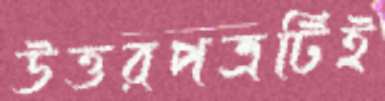
উত্তরপত্রটিই